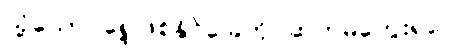
သို့သော် ရှေ့ဖြစ်နိုင်ခြေကို ဆက်မတွေးရဲပေ။